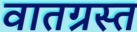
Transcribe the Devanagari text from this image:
वातग्रस्त